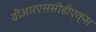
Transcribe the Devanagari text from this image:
वीआरएससीडीएक्स